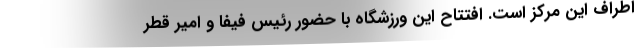
اطراف این مرکز است. افتتاح این ورزشگاه با حضور رئیس فیفا و امیر قطر